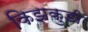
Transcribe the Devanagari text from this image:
किझकुडी